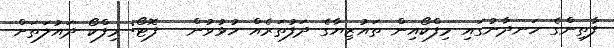
ފާތިންގެ ހަނދާނުގައި މިފްކޯއިން ތައުޒިޔާގެ ދަފުތަރެއް ހުޅުވުން - ފޮޓޯ: މިފްކޯ ދައުލަތަށް